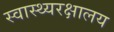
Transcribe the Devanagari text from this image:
स्वास्थ्यरक्षालय